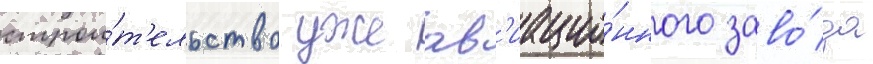
строи́т'ельство уже ав'иацио́нного заво́да